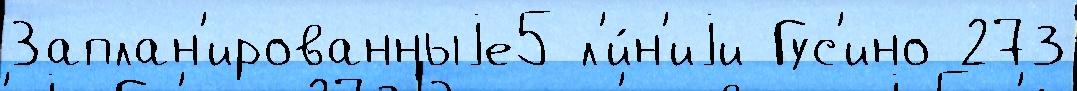
Заплан'ированныjе5 л'и́н'иjи Гус'ино 273